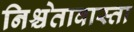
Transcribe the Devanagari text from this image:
निश्चेतावास्ता